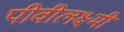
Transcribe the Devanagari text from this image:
पीवीलक्ष्मी